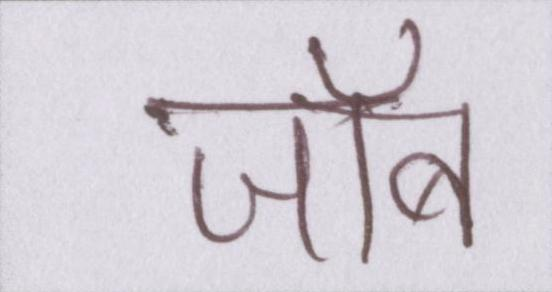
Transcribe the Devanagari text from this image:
जॉब